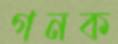
গনক